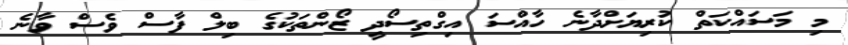
މި މަސައްކަތް ކުރިޔަށްދާނެ ހާއްސަ އިގްތިސޯދީ ޒޯންތަކުގެ ބިލް ފާސް ވެސް ވާނެ